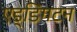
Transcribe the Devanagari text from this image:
एड्डिंगटन